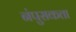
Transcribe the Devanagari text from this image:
नंपुसकता